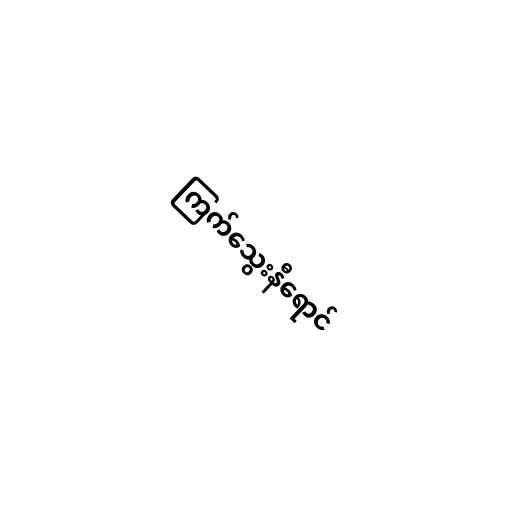
ကြက်သွေးနီရောင်